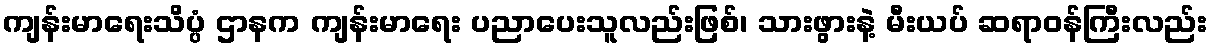
ကျန်းမာရေးသိပ္ပံ ဌာနက ကျန်းမာရေး ပညာပေးသူလည်းဖြစ်၊ သားဖွားနဲ့ မီးယပ် ဆရာဝန်ကြီးလည်း